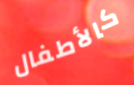
كالأطفال